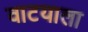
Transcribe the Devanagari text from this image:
वाटयाला